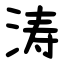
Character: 涛